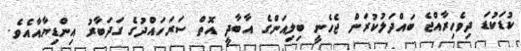
ކުޑަކުޑަ ދިވެހިރާއްޖެ ބައްދަލުކުރަން ޖެހެނީ ބިލިއަންގެ އާބާދީ އޮތް ސަރަހައްދުގެ ގަދަބާރު އިންޑިޔާއާއެވެ.